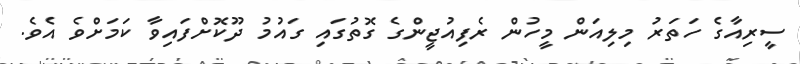
ސީރިއާގެ ހަތަރު މިލިއަން މީހުން ރެފިއުޖީންގެ ގޮތުގަައި ގައުމު ދޫކޮށްފައިވާ ކަމަށްވެ އެވެ.